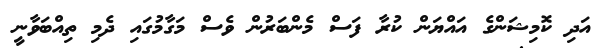
އަދި ކޮމިޝަންގެ އައްޔަން ކުރާ ފަސް މެންބަރުން ވެސް މަގާމުގައި ދެމި ތިއްބަވާނީ